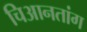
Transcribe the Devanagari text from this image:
चिआनतांग